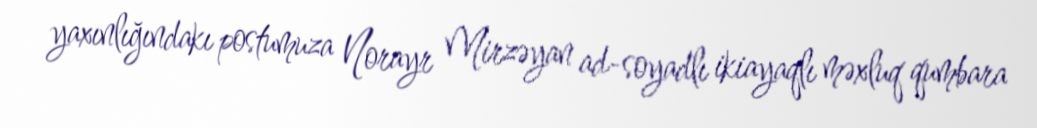
yaxınlığındakı postumuza Norayr Mirzəyan ad-soyadlı ikiayaqlı məxluq qumbara